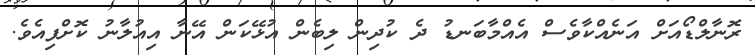
ރޮނާލްޑޯއަށް އަނެއްކާވެސް އެއްމާބަނޑު ދެ ކުދިން ލިބެން އުޅޭކަން އޭނާ އިއުލާނު ކޮށްފިއެވެ.